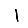
Digit: 1